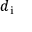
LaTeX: d _ { \mathrm { i } }